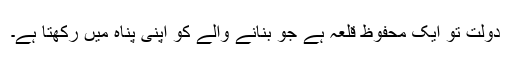
دولت تو ایک محفوظ قلعہ ہے جو بنانے والے کو اپنی پناہ میں رکھتا ہے۔